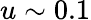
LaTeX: u\sim 0.1